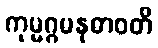
ကုမ္မဂ္ဂမနုဓာဝတိ